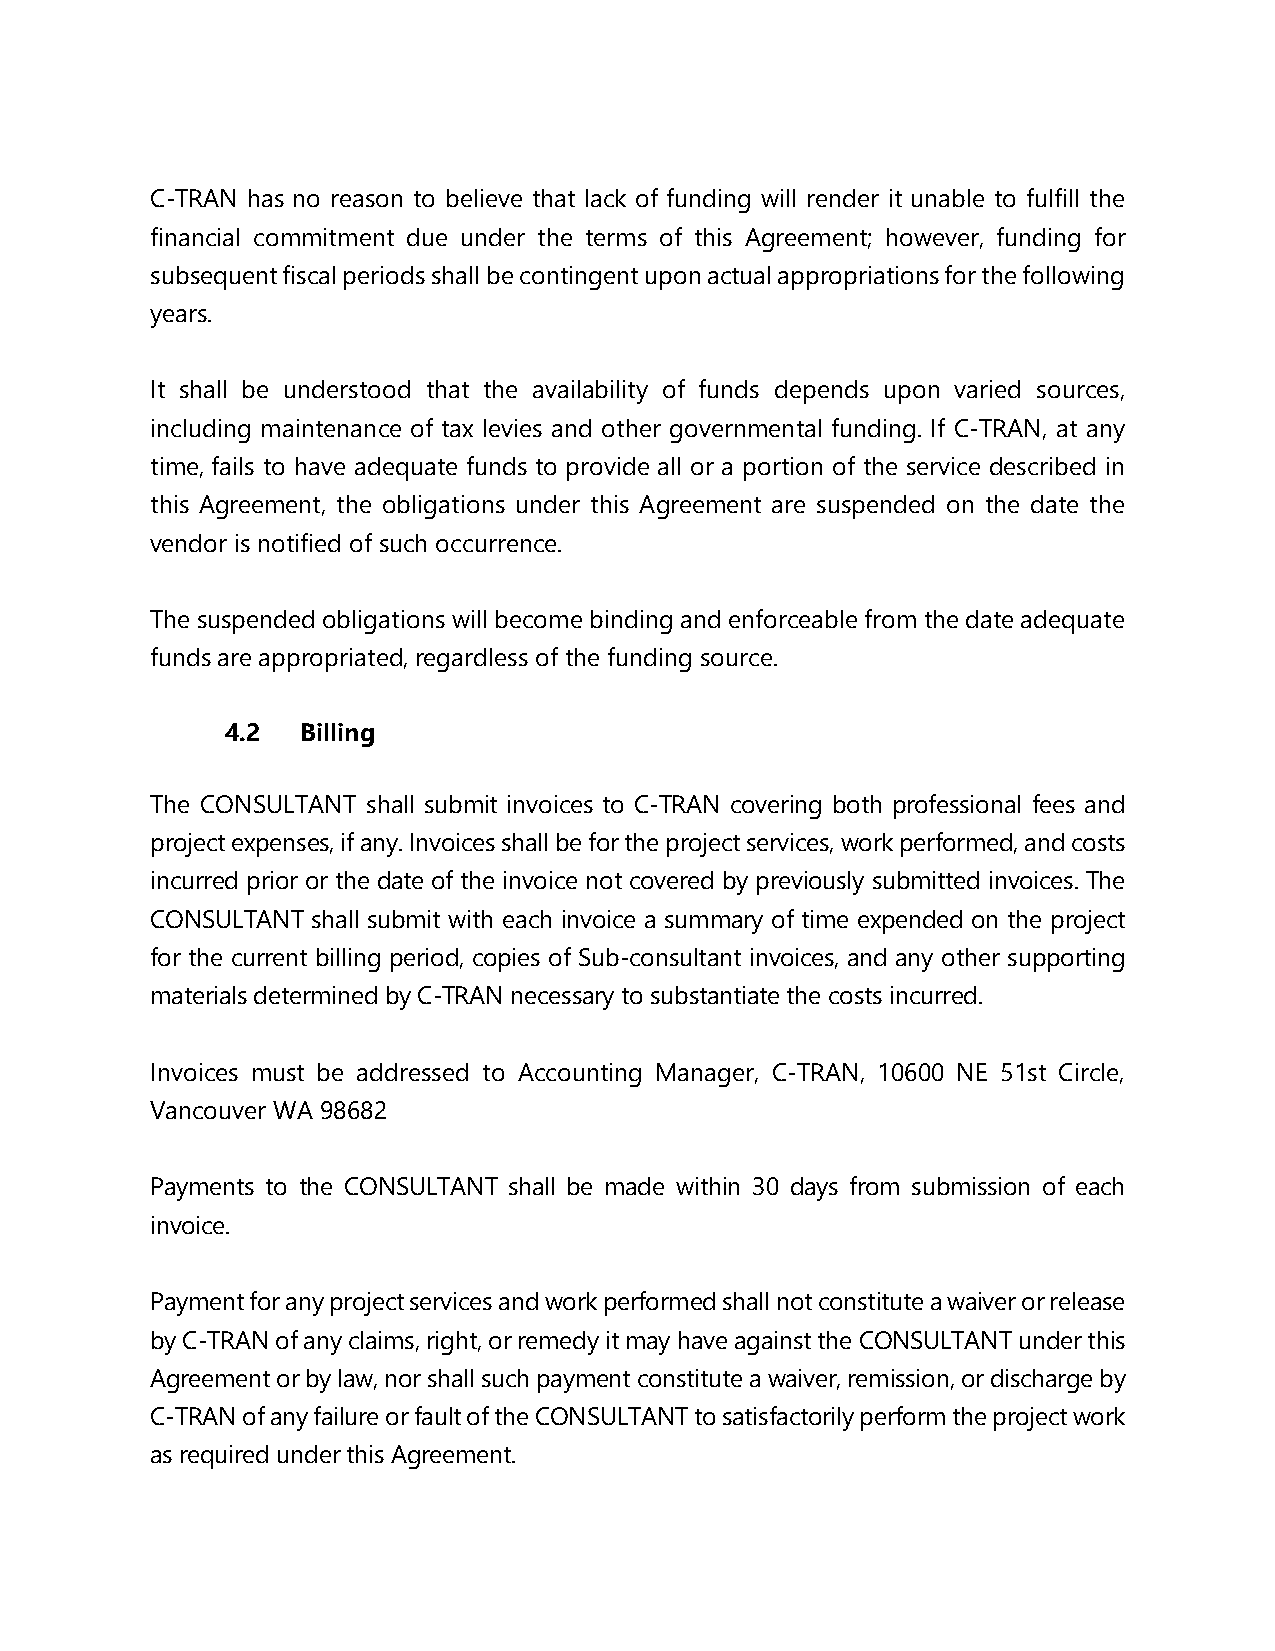
C-TRAN has no reason to believe that lack of funding will render it unable to fulfill the
 financial commitment due under the terms of this Agreement; however, funding for
 subsequent fiscal periods shall be contingent upon actual appropriations for the following
 years.
 It shall be understood that the availability of funds depends upon varied sources,
 including maintenance of tax levies and other governmental funding. If C-TRAN, at any
 time, fails to have adequate funds to provide all or a portion of the service described in
 this Agreement, the obligations under this Agreement are suspended on the date the
 vendor is notified of such occurrence.
 The suspended obligations will become binding and enforceable from the date adequate
 funds are appropriated, regardless of the funding source.
 4.2  Billing
 The CONSULTANT shall submit invoices to C-TRAN covering both professional fees and
 project expenses, if any. Invoices shall be for the project services, work performed, and costs
 incurred prior or the date of the invoice not covered by previously submitted invoices. The
 CONSULTANT shall submit with each invoice a summary of time expended on the project
 for the current billing period, copies of Sub-consultant invoices, and any other supporting
 materials determined by C-TRAN necessary to substantiate the costs incurred.
 Invoices must be addressed to Accounting Manager, C-TRAN, 10600 NE 51st Circle,
 Vancouver WA 98682
 Payments to the CONSULTANT shall be made within 30 days from submission of each
 invoice.
 Payment for any project services and work performed shall not constitute a waiver or release
 by C-TRAN of any claims, right, or remedy it may have against the CONSULTANT under this
 Agreement or by law, nor shall such payment constitute a waiver, remission, or discharge by
 C-TRAN of any failure or fault of the CONSULTANT to satisfactorily perform the project work
 as required under this Agreement.